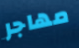
مهاجر